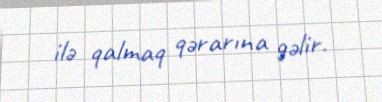
ilə qalmaq qərarına gəlir.